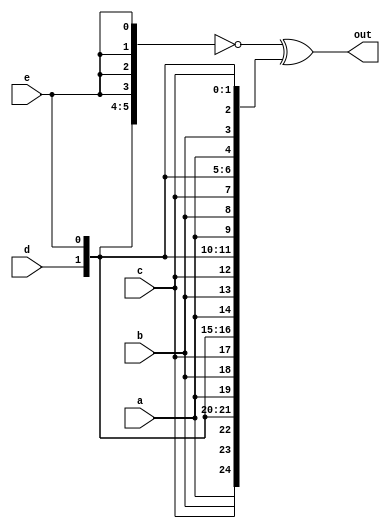
module top_module (
    input a, b, c, d, e,
    output [24:0] out );

	// sol1:
    assign out = ~{{5{a}}, {5{b}}, {5{c}}, {5{d}} , {5{e}}} ^ {5{a,b,c,d,e}};
	
	// sol2: 
	// wire [24:0] top, bottom;
	// assign top    = { {5{a}}, {5{b}}, {5{c}}, {5{d}}, {5{e}} };
	// assign bottom = {5{a,b,c,d,e}};
	// assign out = ~top ^ bottom;	// Bitwise XNOR
endmodule